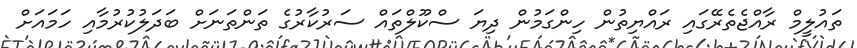
ތައުލީމް ރާއްޖެތެރޭގައި ރައްޔިތުން ހިންގަމުން ދިޔަ ސްކޫލްތައް ސަރުކާރުގެ ތަންތަނަށް ބަދަލުކުރުމާއި ހަމައަށް